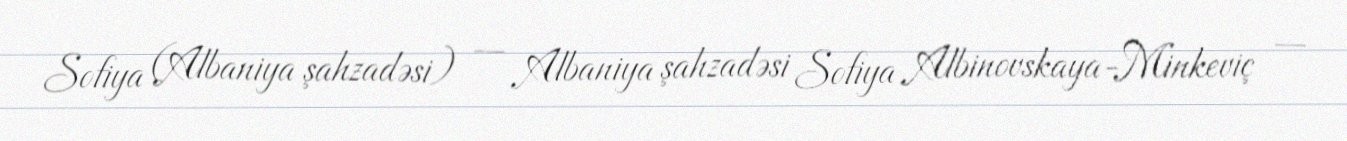
Sofiya (Albaniya şahzadəsi) — Albaniya şahzadəsi Sofiya Albinovskaya-Minkeviç —